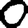
Digit: 0